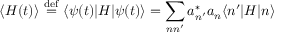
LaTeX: \langle H ( t ) \rangle \ { \stackrel { \mathrm { d e f } } { = } } \ \langle \psi ( t ) | H | \psi ( t ) \rangle = \sum _ { n n ^ { \prime } } a _ { n ^ { \prime } } ^ { * } a _ { n } \langle n ^ { \prime } | H | n \rangle